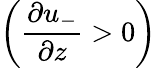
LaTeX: \left(\frac{\partial u_{-}}{\partial z}>0\right)